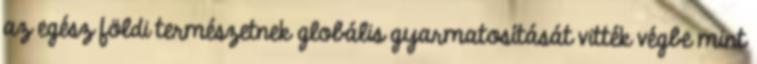
az egész földi természetnek globális gyarmatosítását vitték végbe mint